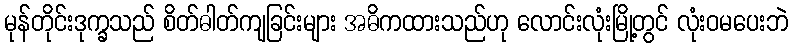
မုန်တိုင်းဒုက္ခသည် စိတ်ဓါတ်ကျခြင်းများ အဓိကထားသည်ဟု လောင်းလုံးမြို့တွင် လုံးဝမပေးဘဲ